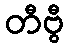
တီဗွီ